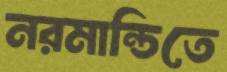
নরমান্ডিতে